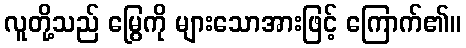
လူတို့သည် မြွေကို များသောအားဖြင့် ကြောက်၏။